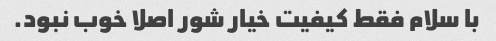
با سلام فقط کیفیت خیار شور اصلا خوب نبود.